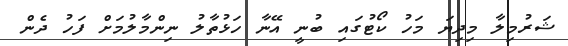
ޝަރުމިލާ މިދިޔަ މަހު ކޯޓުގައި ބުނީ އޭނާ ހަޅުތާލު ނިންމާލުމަށް ފަހު ދެން